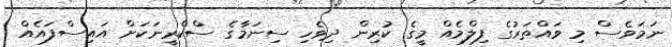
ނަމަވެސް މި ވައްތަރުގެ ފިލްމެއް މީގެ ކުރިން ދިވެހި ސިނަމާގެ ސްކްރީނަކަށް އައިސްފައެއް